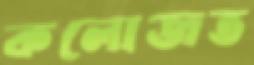
কলোজত